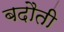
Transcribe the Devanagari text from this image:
बदौती